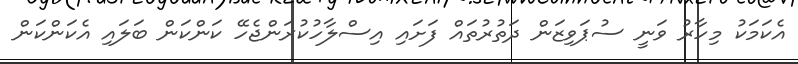
އެކަމަކު މިހާރު ވަނީ ސުޕަވިޒަން ދަތުރުތައް ފަށައި އިސްލާހުކުރަންޖެހޭ ކަންކަން ބަލައި އެކަންކަން